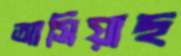
আসিয়াছ